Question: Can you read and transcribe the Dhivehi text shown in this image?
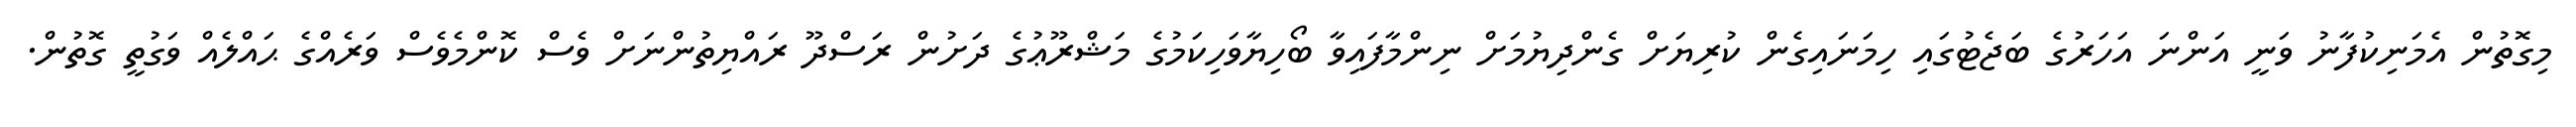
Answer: މިގޮތުން އެމަނިކުފާނު ވަނީ އަންނަ އަހަރުގެ ބަޖެޓުގައި ހިމަނައިގެން ކުރިޔަށް ގެންދިޔުމަށް ނިންމާފައިވާ ބޯހިޔާވަހިކަމުގެ މަޝްރޫޢުގެ ދަށުން ރަސްދޫ ރައްޔިތުންނަށް ވެސް ކޮންމެވެސް ވަރެއްގެ ޙައްލެއް ވަގުތީ ގޮތުން.